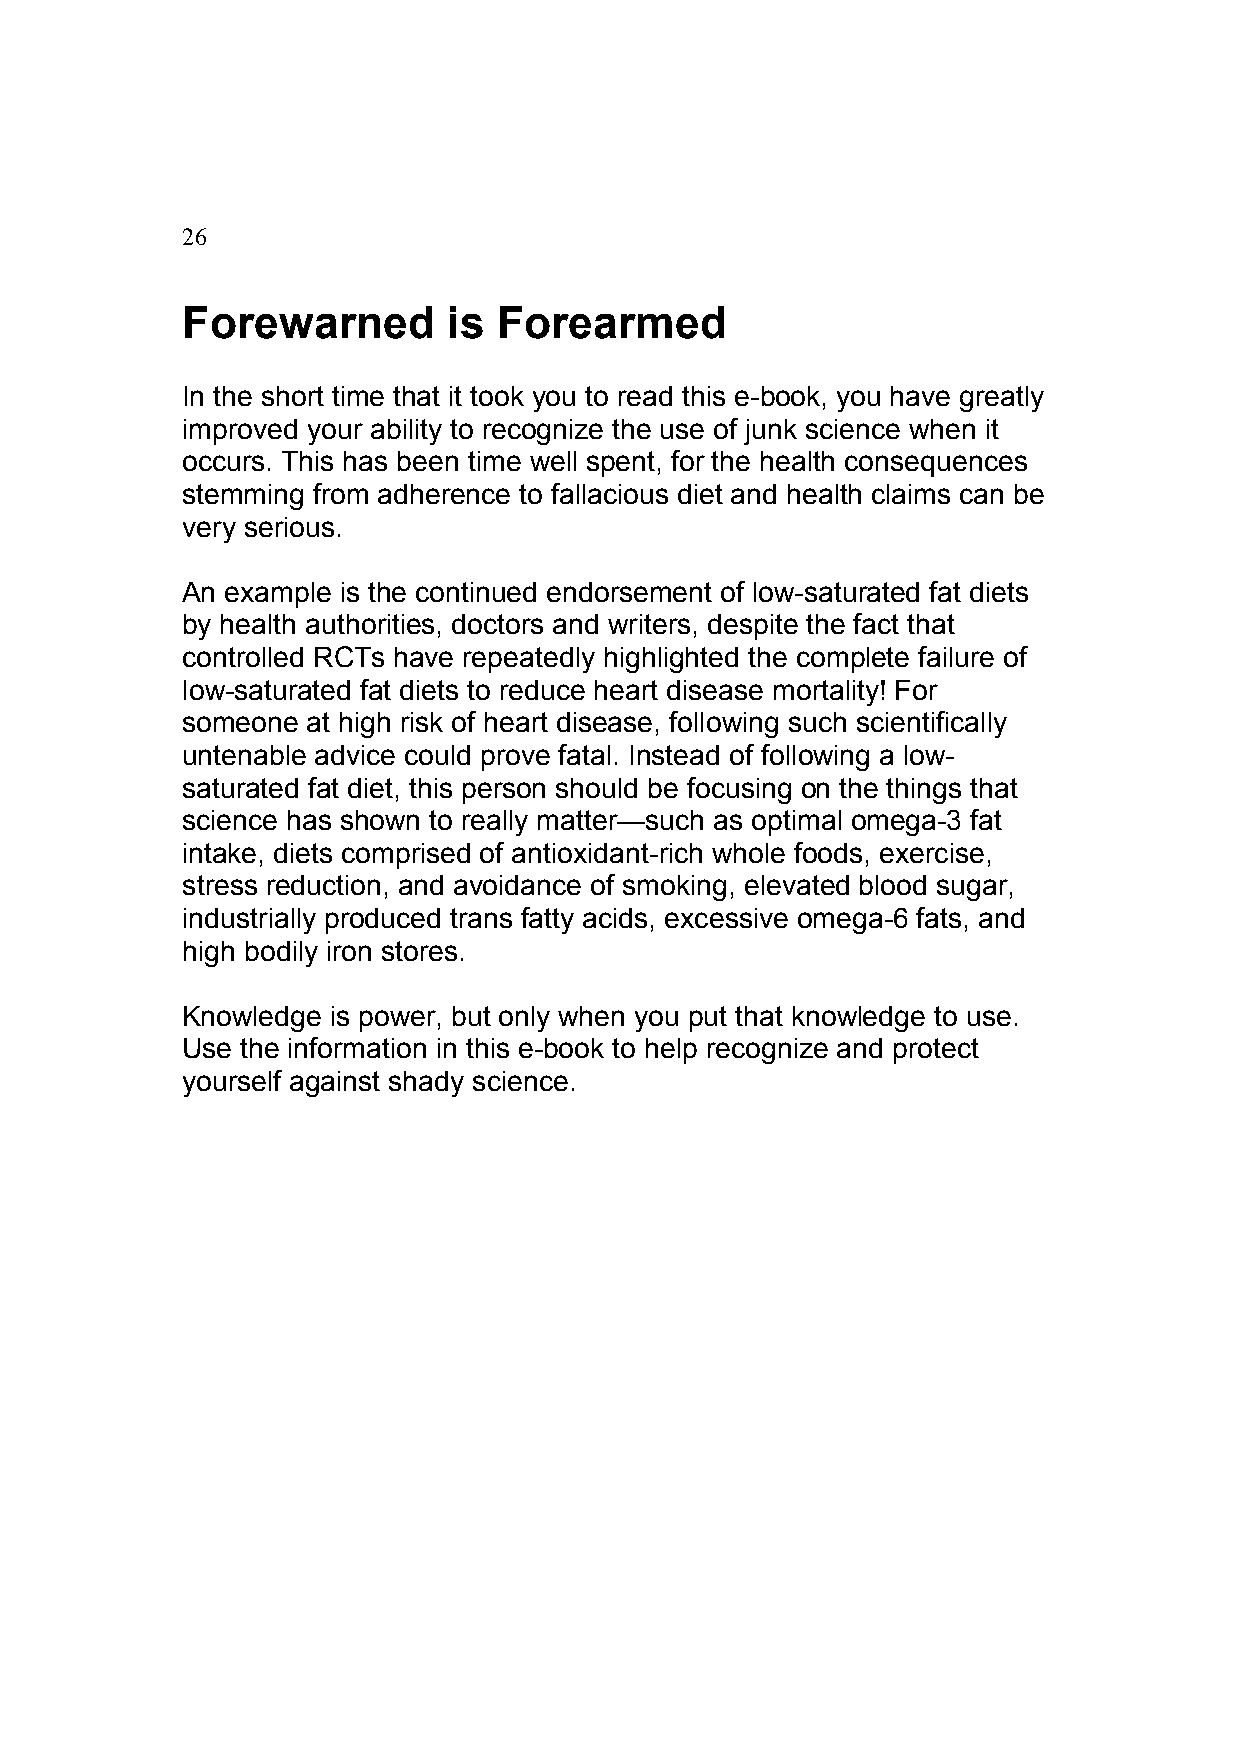
26
 Forewarned        is Forearmed
 In the short time that it took you to read this e-book, you have greatly
 improved your ability to recognize the use of junk science when it
 occurs. This has been time well spent, for the health consequences
 stemming from adherence to fallacious diet and health claims can be
 very serious.
 An example is the continued endorsement of low-saturated fat diets
 by health authorities, doctors and writers, despite the fact that
 controlled RCTs have repeatedly highlighted the complete failure of
 low-saturated fat diets to reduce heart disease mortality! For
 someone at high risk of heart disease, following such scientifically
 untenable advice could prove fatal. Instead of following a low-
 saturated fat diet, this person should be focusing on the things that
 science has shown to really matter—such as optimal omega-3 fat
 intake, diets comprised of antioxidant-rich whole foods, exercise,
 stress reduction, and avoidance of smoking, elevated blood sugar,
 industrially produced trans fatty acids, excessive omega-6 fats, and
 high bodily iron stores.
 Knowledge is power, but only when you put that knowledge to use.
 Use the information in this e-book to help recognize and protect
 yourself against shady science.